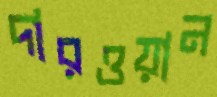
দারওয়ান